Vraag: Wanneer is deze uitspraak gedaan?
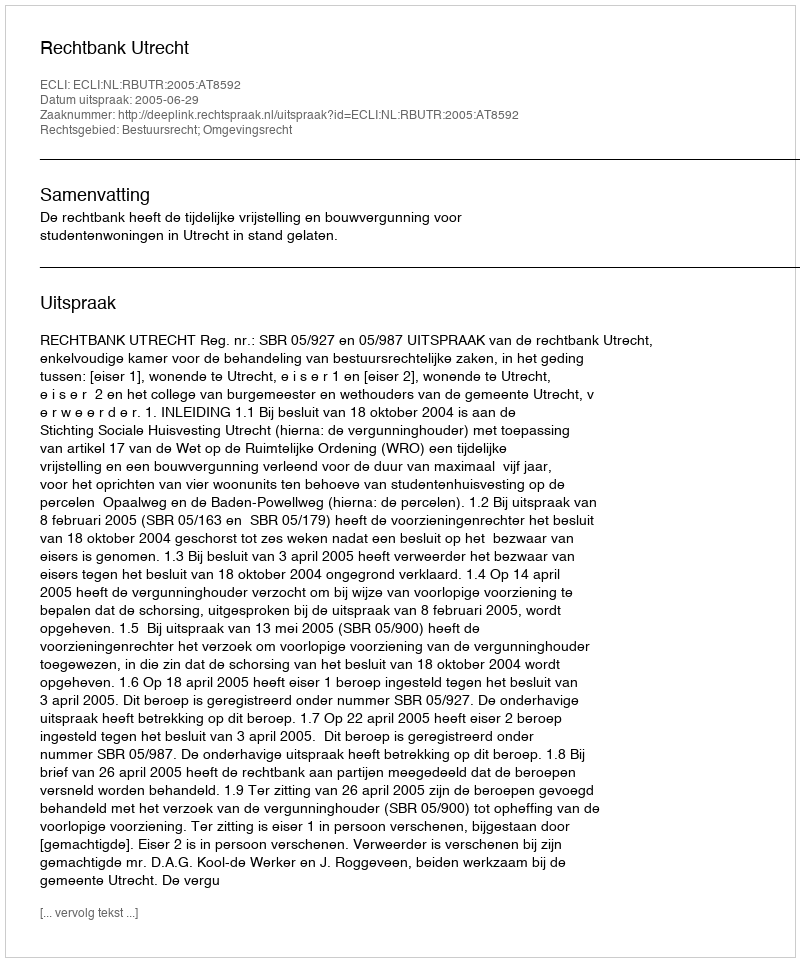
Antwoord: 2005-06-29